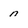
Character: n